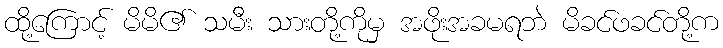
ထို့ကြောင့် မိမိ၏ သမီး သားတို့ကိုမှ အဖိုးအခမရဘဲ မိခင်ဖခင်တို့က